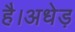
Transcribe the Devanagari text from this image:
है।अधेड़